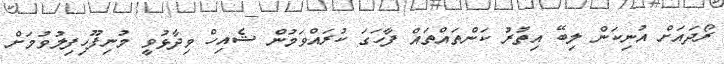
ރޯދައަށް އުނިކަން ލިބޭ އިތުރު ކަންތައްތައް ފާހަގަ ކުރައްވަމުން ޝެއިހް ވިދާޅުވީ މުނިފޫހިފިލުވުމަށް